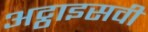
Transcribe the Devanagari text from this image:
अट्ठाइसवीं